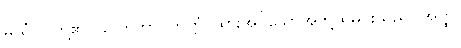
မယှံ၊ ငါတို့၏။ ဌပိတဘာဂဘတ္တံ၊ ထားအပ်သောအဘို့ထမင်းသည်။ အတ္ထိ၊